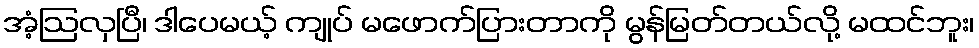
အံ့ဩလှပြီ၊ ဒါပေမယ့် ကျုပ် မဖောက်ပြားတာကို မွန်မြတ်တယ်လို့ မထင်ဘူး၊